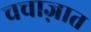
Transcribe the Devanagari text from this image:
चचाज़ात